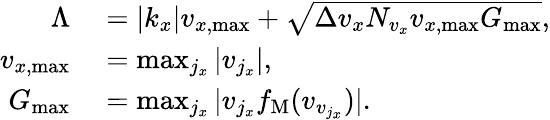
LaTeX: \begin{array}{rl}{\Lambda}&{{}=|k_{x}|v_{x,\operatorname*{max}}+\sqrt{\Delta v_{x}N_{v_{x}}v_{x,\operatorname*{max}}G_{\operatorname*{max}}},}\\ {v_{x,\operatorname*{max}}}&{{}=\operatorname*{max}_{j_{x}}|v_{j_{x}}|,}\\ {G_{\operatorname*{max}}}&{{}=\operatorname*{max}_{j_{x}}|v_{j_{x}}f_{\mathrm{M}}(v_{v_{j_{x}}})|.}\end{array}